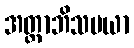
အတ္ထာဘိသမယာ